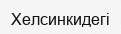
Хелсинкидегі